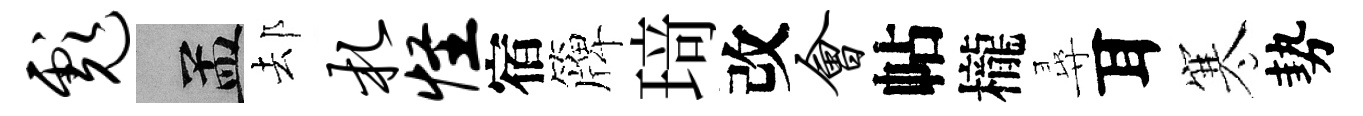
彪汴𨚫札怪宿簰𤦺改会帖櫳尋耳寒勢